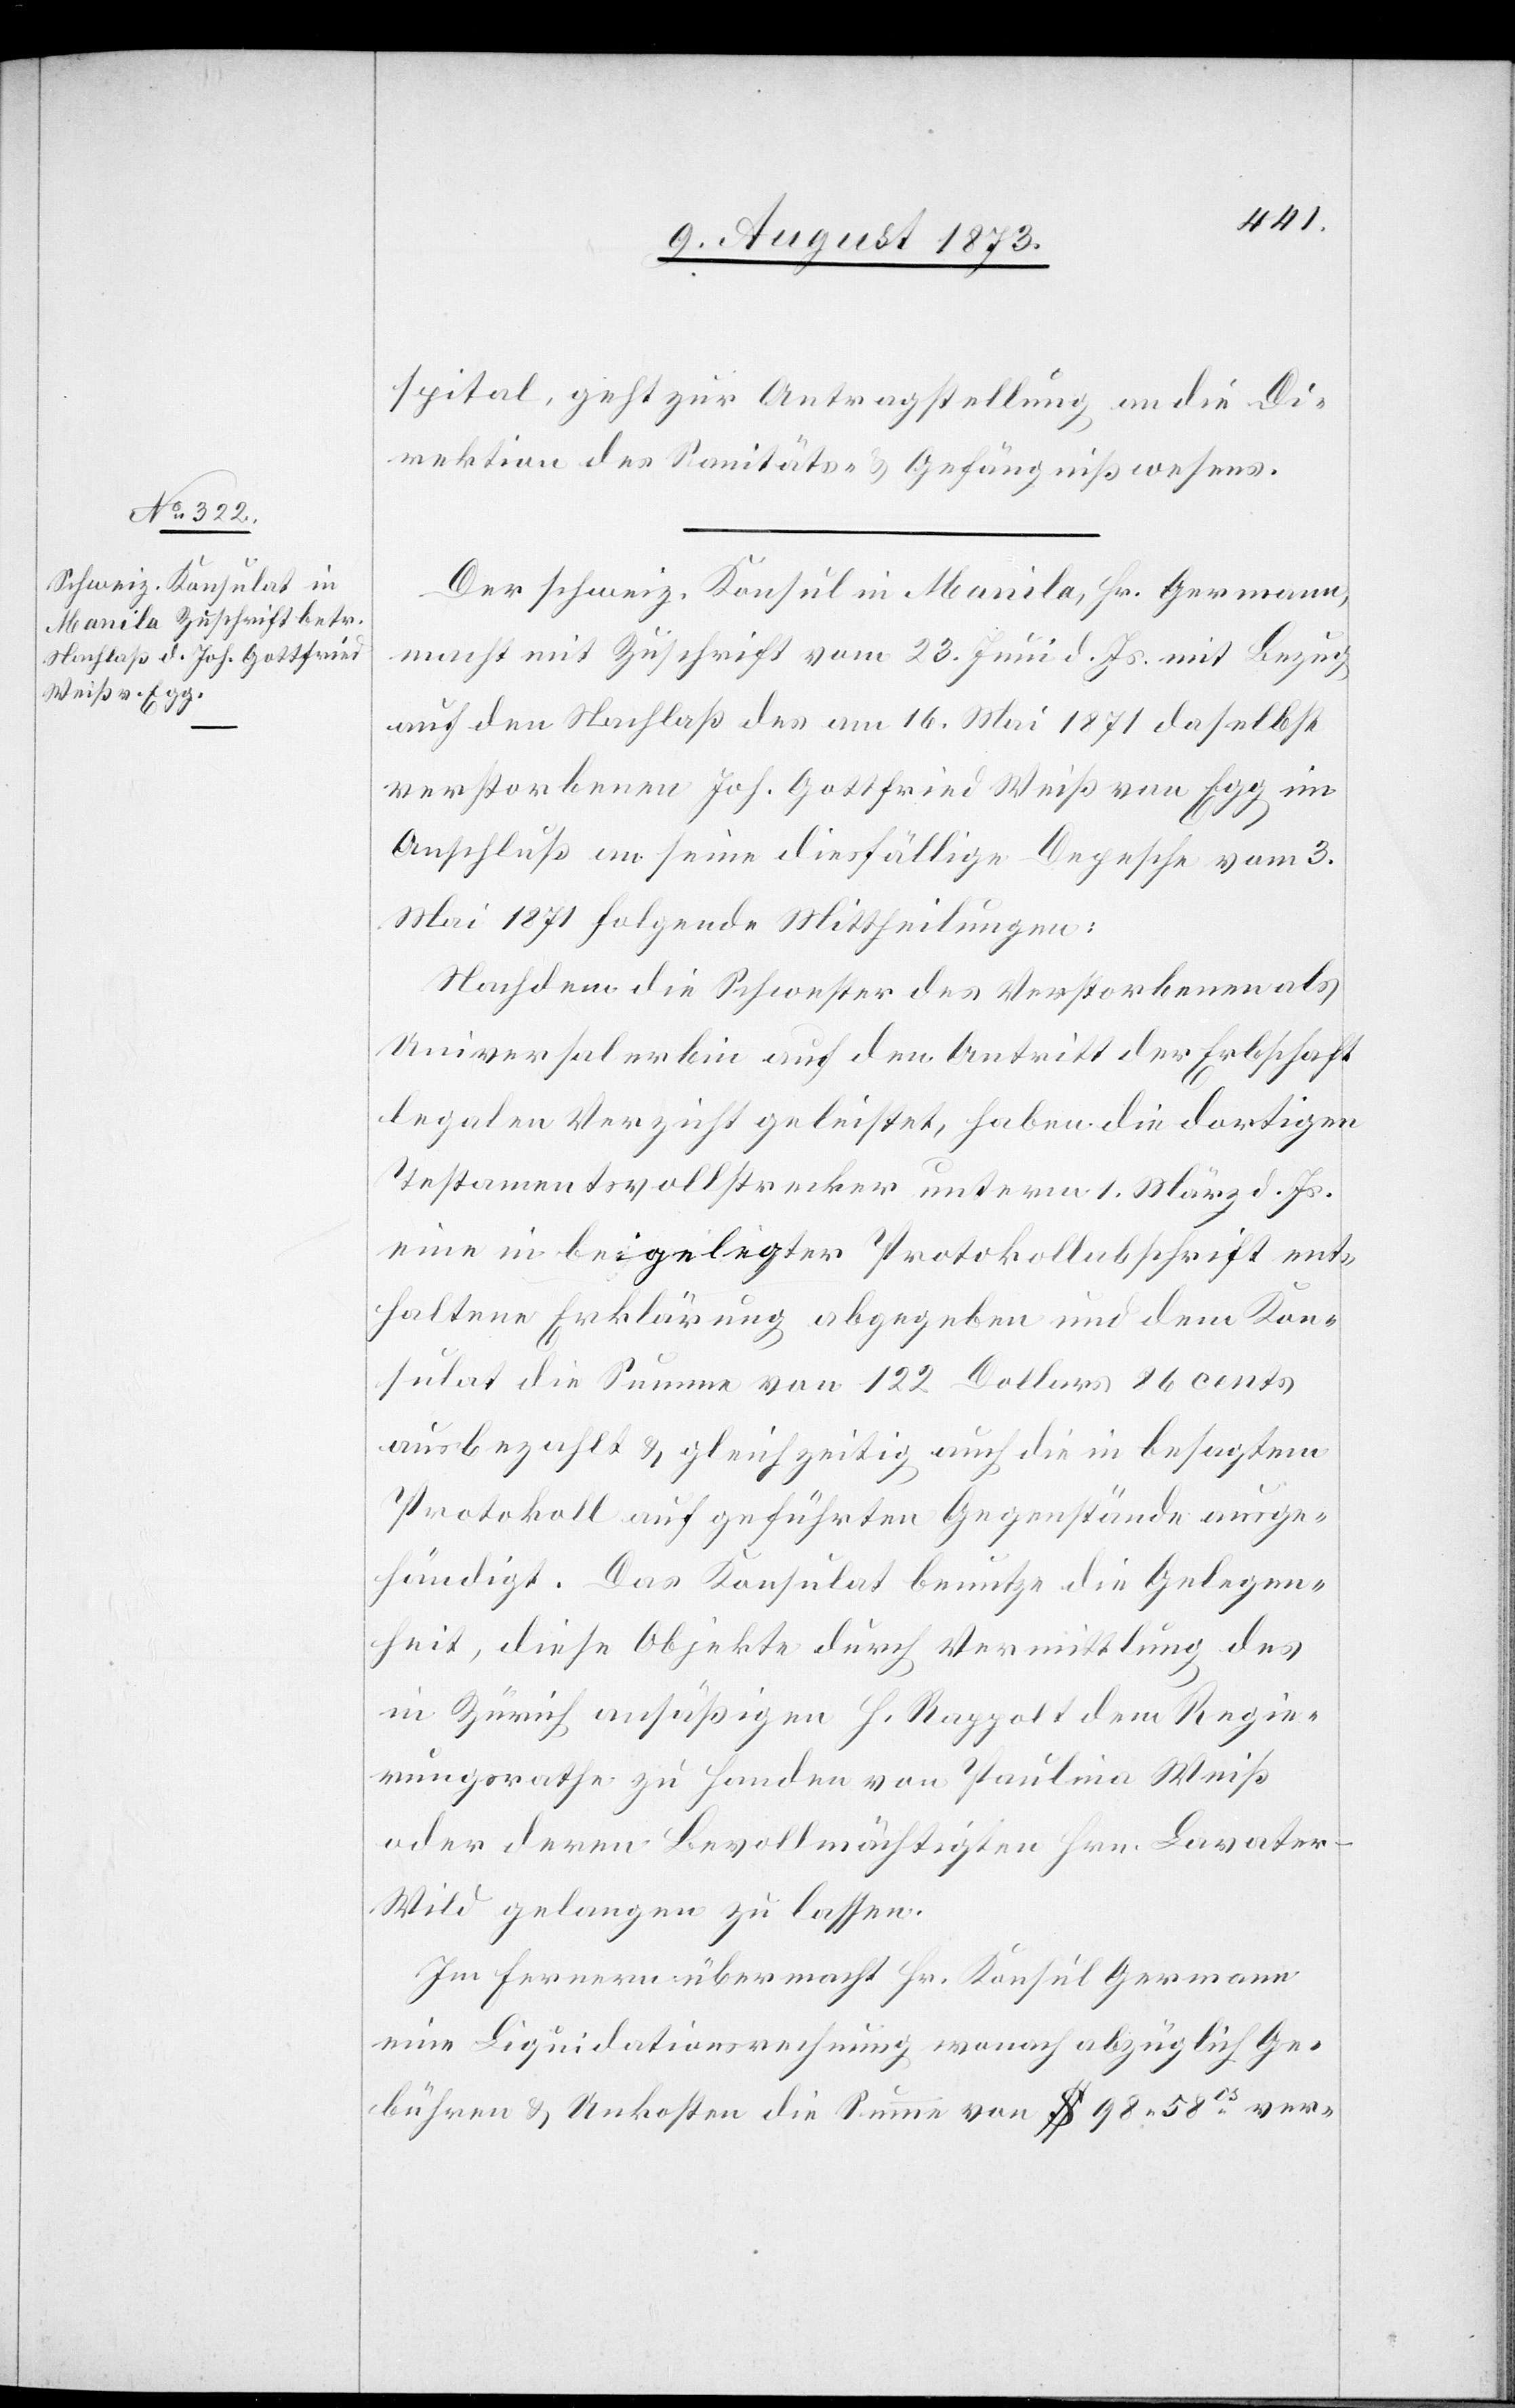
12. August 1873.]
spital, geht zur Antragstellung an die Di¬
rektion des Sanitäts- & Gefängnißwesens.
Der schweiz. Konsul in Manila, Hr. Germann,
macht mit Zuschrift vom 23. Juni d. Js. mit Bezug
auf den Nachlaß des am 16. Mai 1871 daselbst
verstorbenen Joh. Gottfried Weiß von Egg im
Anschluß an seine diesfällige Depesche vom 3.
Mai 1871 folgende Mittheilungen:
Nachdem die Schwester des Verstorbenen als
Universalerbin auf den Antritt der Erbschaft
legalen Verzicht geleistet, haben die dortigen
Testamentsvollstrecker unterm 1. März d. Js.
eine in beigelegter Protokollabschrift ent¬
haltene Erklärung abgegeben und dem Kon¬
sulat die Summe von 122 Dollars 86 cents
ausbezahlt & gleichzeitig auch die in besagtem
Protokoll auf geführten Gegenstände ausge¬
händigt. Das Konsulat benutze die Gelegen¬
heit, diese Objekte durch Vermittlung des
in Zürich ansäßigen H. Rappolt dem Regie¬
rungsrathe zu Handen von Paulina Weiß
oder deren Bevollmächtigten Hrn. Lavater-W¬
ild gelangen zu lassen.
Im Fernern übermacht Hr. Konsul Germann
eine Liquidationsrechnung wonach abzüglich Ge¬
bühren & Unkosten die Summe von $ 98 58cs ver-